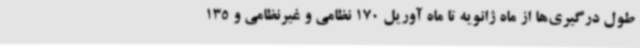
طول درگیری‌ها از ماه ژانویه تا ماه آوریل 170 نظامی و غیرنظامی و 135